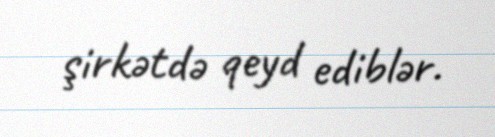
şirkətdə qeyd ediblər.